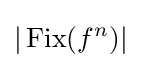
|\operatorname {Fix} (f^{n})|